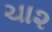
ચા૨